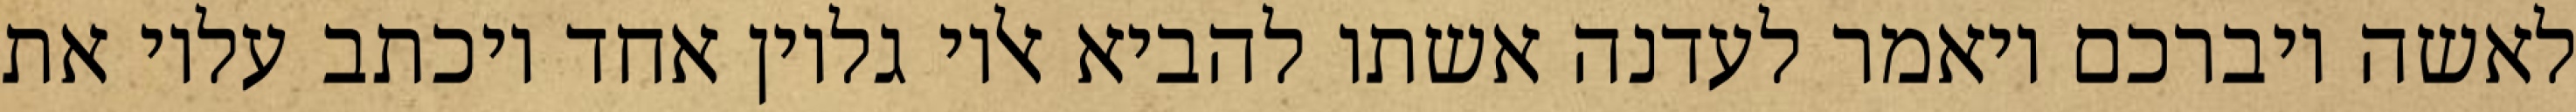
לאשה ויברכם ויאמר לעדנה אשתו להביא אליו גליון אחד ויכתב עליו את